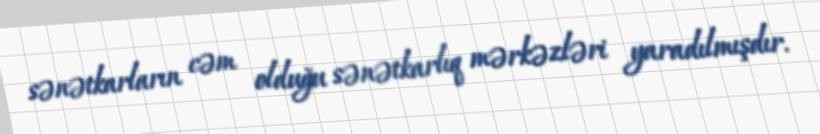
sənətkarların cəm olduğu sənətkarlıq mərkəzləri yaradılmışdır.